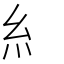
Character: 糹